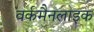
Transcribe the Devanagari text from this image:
वर्कमैनलाइक